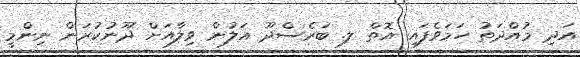
އަދި މުއްދަތު ހަމަވެފައި އޮތް ލ. ބަރެސްދޫ އަލުން ވިލާއަށް ދޫނުކުރަން ނިންމީ